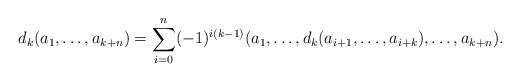
\begin{align*}d_k(a_1, \ldots, a_{k+n}) = \sum_{i=0}^{n} (-1)^{i(k-1)}(a_1, \ldots, d_k(a_{i+1}, \ldots, a_{i+k}), \ldots, a_{k+n}).\end{align*}